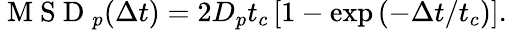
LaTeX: \begin{array}{r}{\mathrm{~M~S~D~}_{p}(\Delta t)=2D_{p}t_{c}\left[1-\exp\left(-\Delta t/t_{c}\right)\right].}\end{array}